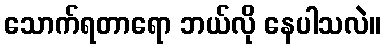
သောက်ရတာရော ဘယ်လို နေပါသလဲ။